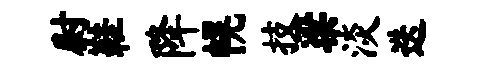
尉鞋降幌技梁淡迭